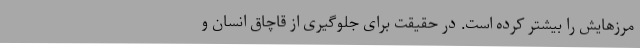
مرزهایش را بیشتر کرده است. در حقیقت برای جلوگیری از قاچاق انسان و